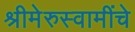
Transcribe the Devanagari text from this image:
श्रीमेरुस्वामींचे